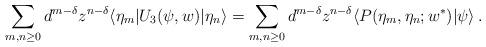
LaTeX: \begin{align*}\sum_{m,n\geq 0}d^{m-\delta}z^{n-\delta}\langle\eta_m|U_3(\psi,w)|\eta_n\rangle=\sum_{m,n\geq 0}d^{m-\delta}z^{n-\delta}\langle P(\eta_m,\eta_n;w^\ast)|\psi\rangle\,.\end{align*}